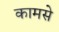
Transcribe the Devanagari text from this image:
कामसे